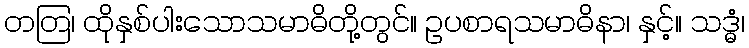
တတြ၊ ထိုနှစ်ပါးသောသမာဓိတို့တွင်။ ဥပစာရသမာဓိနာ၊ နှင့်။ သဒ္ဓံ၊